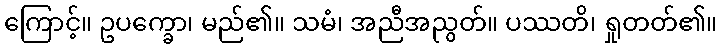
ကြောင့်။ ဥပက္ခော၊ မည်၏။ သမံ၊ အညီအညွတ်။ ပဿတိ၊ ရှုတတ်၏။